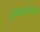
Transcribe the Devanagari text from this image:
अन्वयप्राप्तसचिव